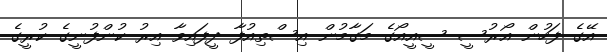
އޭގެ ފަހުން އޯރުސީ ސީއީއޯގެ މަގާމުން އިސްތިއުފާ ދީފައިވާ އިރު ކުންފުނީގެ ކުރީގެ